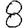
Digit: 8